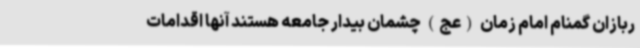
ربازان گمنام امام زمان (عج) چشمان بیدار جامعه هستند آنها اقدامات